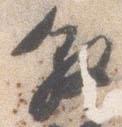
叙